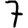
Digit: 7